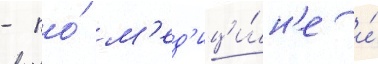
- по́ м'ед'ици́н'е и́